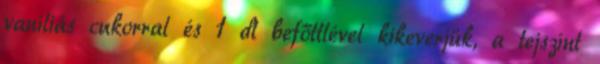
vaníliás cukorral és 1 dl befőttlével kikeverjük, a tejszínt